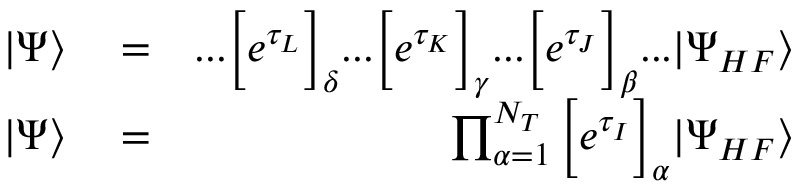
\begin{array} { r l r } { | \Psi \rangle } & { { } = } & { . . . \Big [ e ^ { \tau _ { L } } \Big ] _ { \delta } . . . \Big [ e ^ { \tau _ { K } } \Big ] _ { \gamma } . . . \Big [ e ^ { \tau _ { J } } \Big ] _ { \beta } . . . | \Psi _ { H F } \rangle } \\ { | \Psi \rangle } & { { } = } & { \prod _ { \alpha = 1 } ^ { N _ { T } } \Big [ e ^ { \tau _ { I } } \Big ] _ { \alpha } | \Psi _ { H F } \rangle } \end{array}